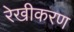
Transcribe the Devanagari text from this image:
रेखीकरण